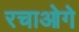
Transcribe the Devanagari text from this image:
रचाओगे